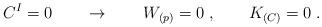
LaTeX: \begin{align*}C^I=0 \qquad \rightarrow \qquad W_{(p)} = 0 \; , \qquad K_{(C)} = 0\; .\end{align*}